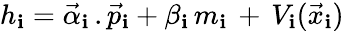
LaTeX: h_{\mathbf{i}}=\vec{{\alpha}}_{\mathbf{i}}\, .\vec{{p}}_{\mathbf{i}}+\beta_{\mathbf{i}}\, m_{\mathbf{i}}\, +\, V_{\mathbf{i}}(\vec{{x}}_{\mathbf{i}})